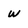
Character: W